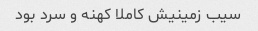
سیب زمینیش کاملا کهنه و سرد بود